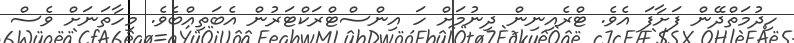
ހިދުމަތްދޭން ފަށާފަ އެވެ. ޓްރެއިނިން ދިނުމަށް ހަ އިންސްޓްރަކްޓަރުން އެބަތިއްބެވެ. މިހާތަނަށް ވެސް